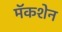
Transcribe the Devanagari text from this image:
मॅकशेन